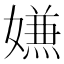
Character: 𭒡